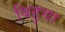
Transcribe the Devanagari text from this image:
बिहुचा